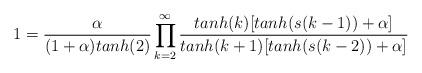
LaTeX: \begin{align*}1=\frac{\alpha}{(1+\alpha)tanh(2)}\prod_{k=2}^{\infty}{\frac{{tanh(k)}[tanh(s(k-1))+\alpha]}{{tanh(k+1)}[tanh(s(k-2))+\alpha]}} \end{align*}